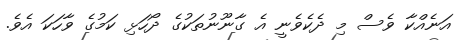
އަނެއްކާ ވެސް މި ދެކެވެނީ އެ ގާނޫނުތަކުގެ ދޯހަޅި ކަމުގެ ވާހަކަ އެވެ.